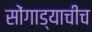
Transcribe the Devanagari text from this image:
सोंगाड्याचीच